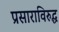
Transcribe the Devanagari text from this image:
प्रसाराविरुद्ध